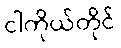
ငါကိုယ်တိုင်